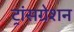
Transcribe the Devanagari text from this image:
ट्रांसग्रेशन